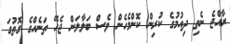
ރާއްޖެ ނެތި ދިއުމުގެ ކުރިން ކޮންމެހެން ވެސް ބަލާލަން ޖެހޭ ތަނެއްގެ ގޮތުގަ